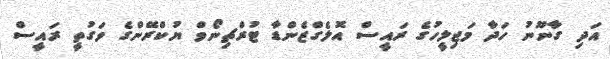
އަދި ގާނޫނު ހަދާ މަޖިލީހުގެ ރައީސް އޮލެގްޒެންޑާ ޓުރްޗިނޯވް ޔުކްރޭންގެ ވަގުތީ ރައީސް